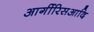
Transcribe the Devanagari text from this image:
आर्गीरिसआदि